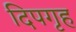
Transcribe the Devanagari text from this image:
दिपगृह